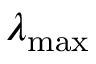
\lambda _ { \operatorname* { m a x } }